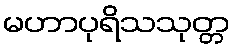
မဟာပုရိသသုတ္တ